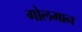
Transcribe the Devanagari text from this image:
गोलमान